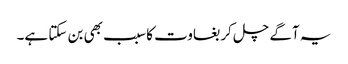
یہ آگے چل کر بغاوت کا سبب بھی بن سکتا ہے۔